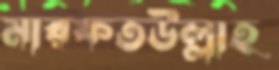
মারফতউল্লাহ